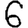
Digit: 6